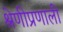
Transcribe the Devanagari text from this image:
श्रेणीप्रणाली